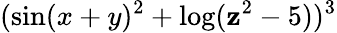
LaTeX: (\sin(x+y)^{2}+\log(\mathbf{z}^{2}-5))^{3}